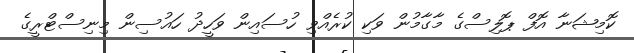
ކޮމިޝަނާ އޮފް ޕޮލިސްގެ މާގާމުން ވަކި ކުރެއްވި ހުސައިން ވަހީދު ހައުސިން މިނިސްޓްރީގެ